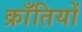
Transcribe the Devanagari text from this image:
क्राँतियों